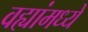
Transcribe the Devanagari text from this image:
वह्यांमध्ये